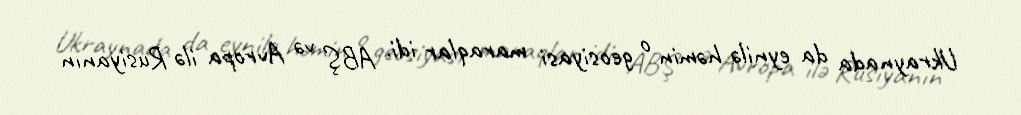
Ukraynada da eynilə həmin o geosiyasi maraqlar idi. ABŞ və Avropa ilə Rusiyanın